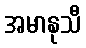
အမာနုသီ